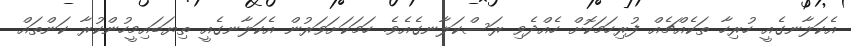
އެކަލާނގެއީ ހުރިހާ ތަކެއްޗެއް ފުރިހަމަކޮށް ހެއްދެވި ރަސްކަލާނގެއެވެ. ހަމަކަށަވަރުން އެކަލާނގެއީ ތިޔަބައިމީހުންކުރާ ކަންތައް